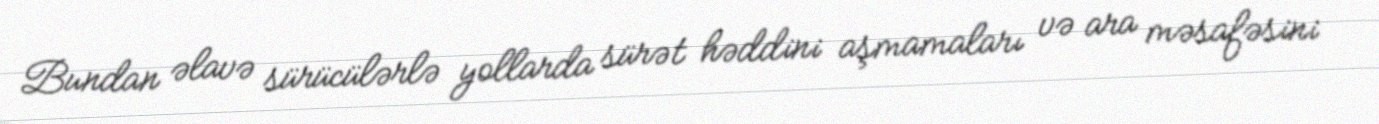
Bundan əlavə sürücülərlə yollarda sürət həddini aşmamaları və ara məsafəsini